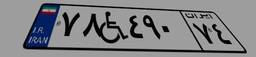
۷۸W۴۹۰۷۴